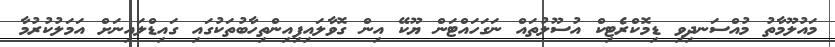
މައުލޫމާތު މުއްސަނދިވި ޑިމޮކްރެޓިކް އުސޫލުތައް ނަގަހައްޓަން ޔޫކޭ އިން ގޮވާލައިފިއިންތިހާބުތަކުގައި ގައިޑްލައިނަށް އަމަލުކުރުމާ